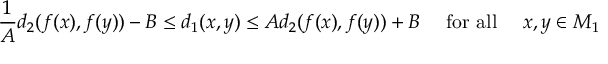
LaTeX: { \frac { 1 } { A } } d _ { 2 } ( f ( x ) , f ( y ) ) - B \leq d _ { 1 } ( x , y ) \leq A d _ { 2 } ( f ( x ) , f ( y ) ) + B \quad { \mathrm { ~ f o r ~ a l l ~ } } \quad x , y \in M _ { 1 }